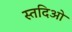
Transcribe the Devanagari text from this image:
स्तदिओ